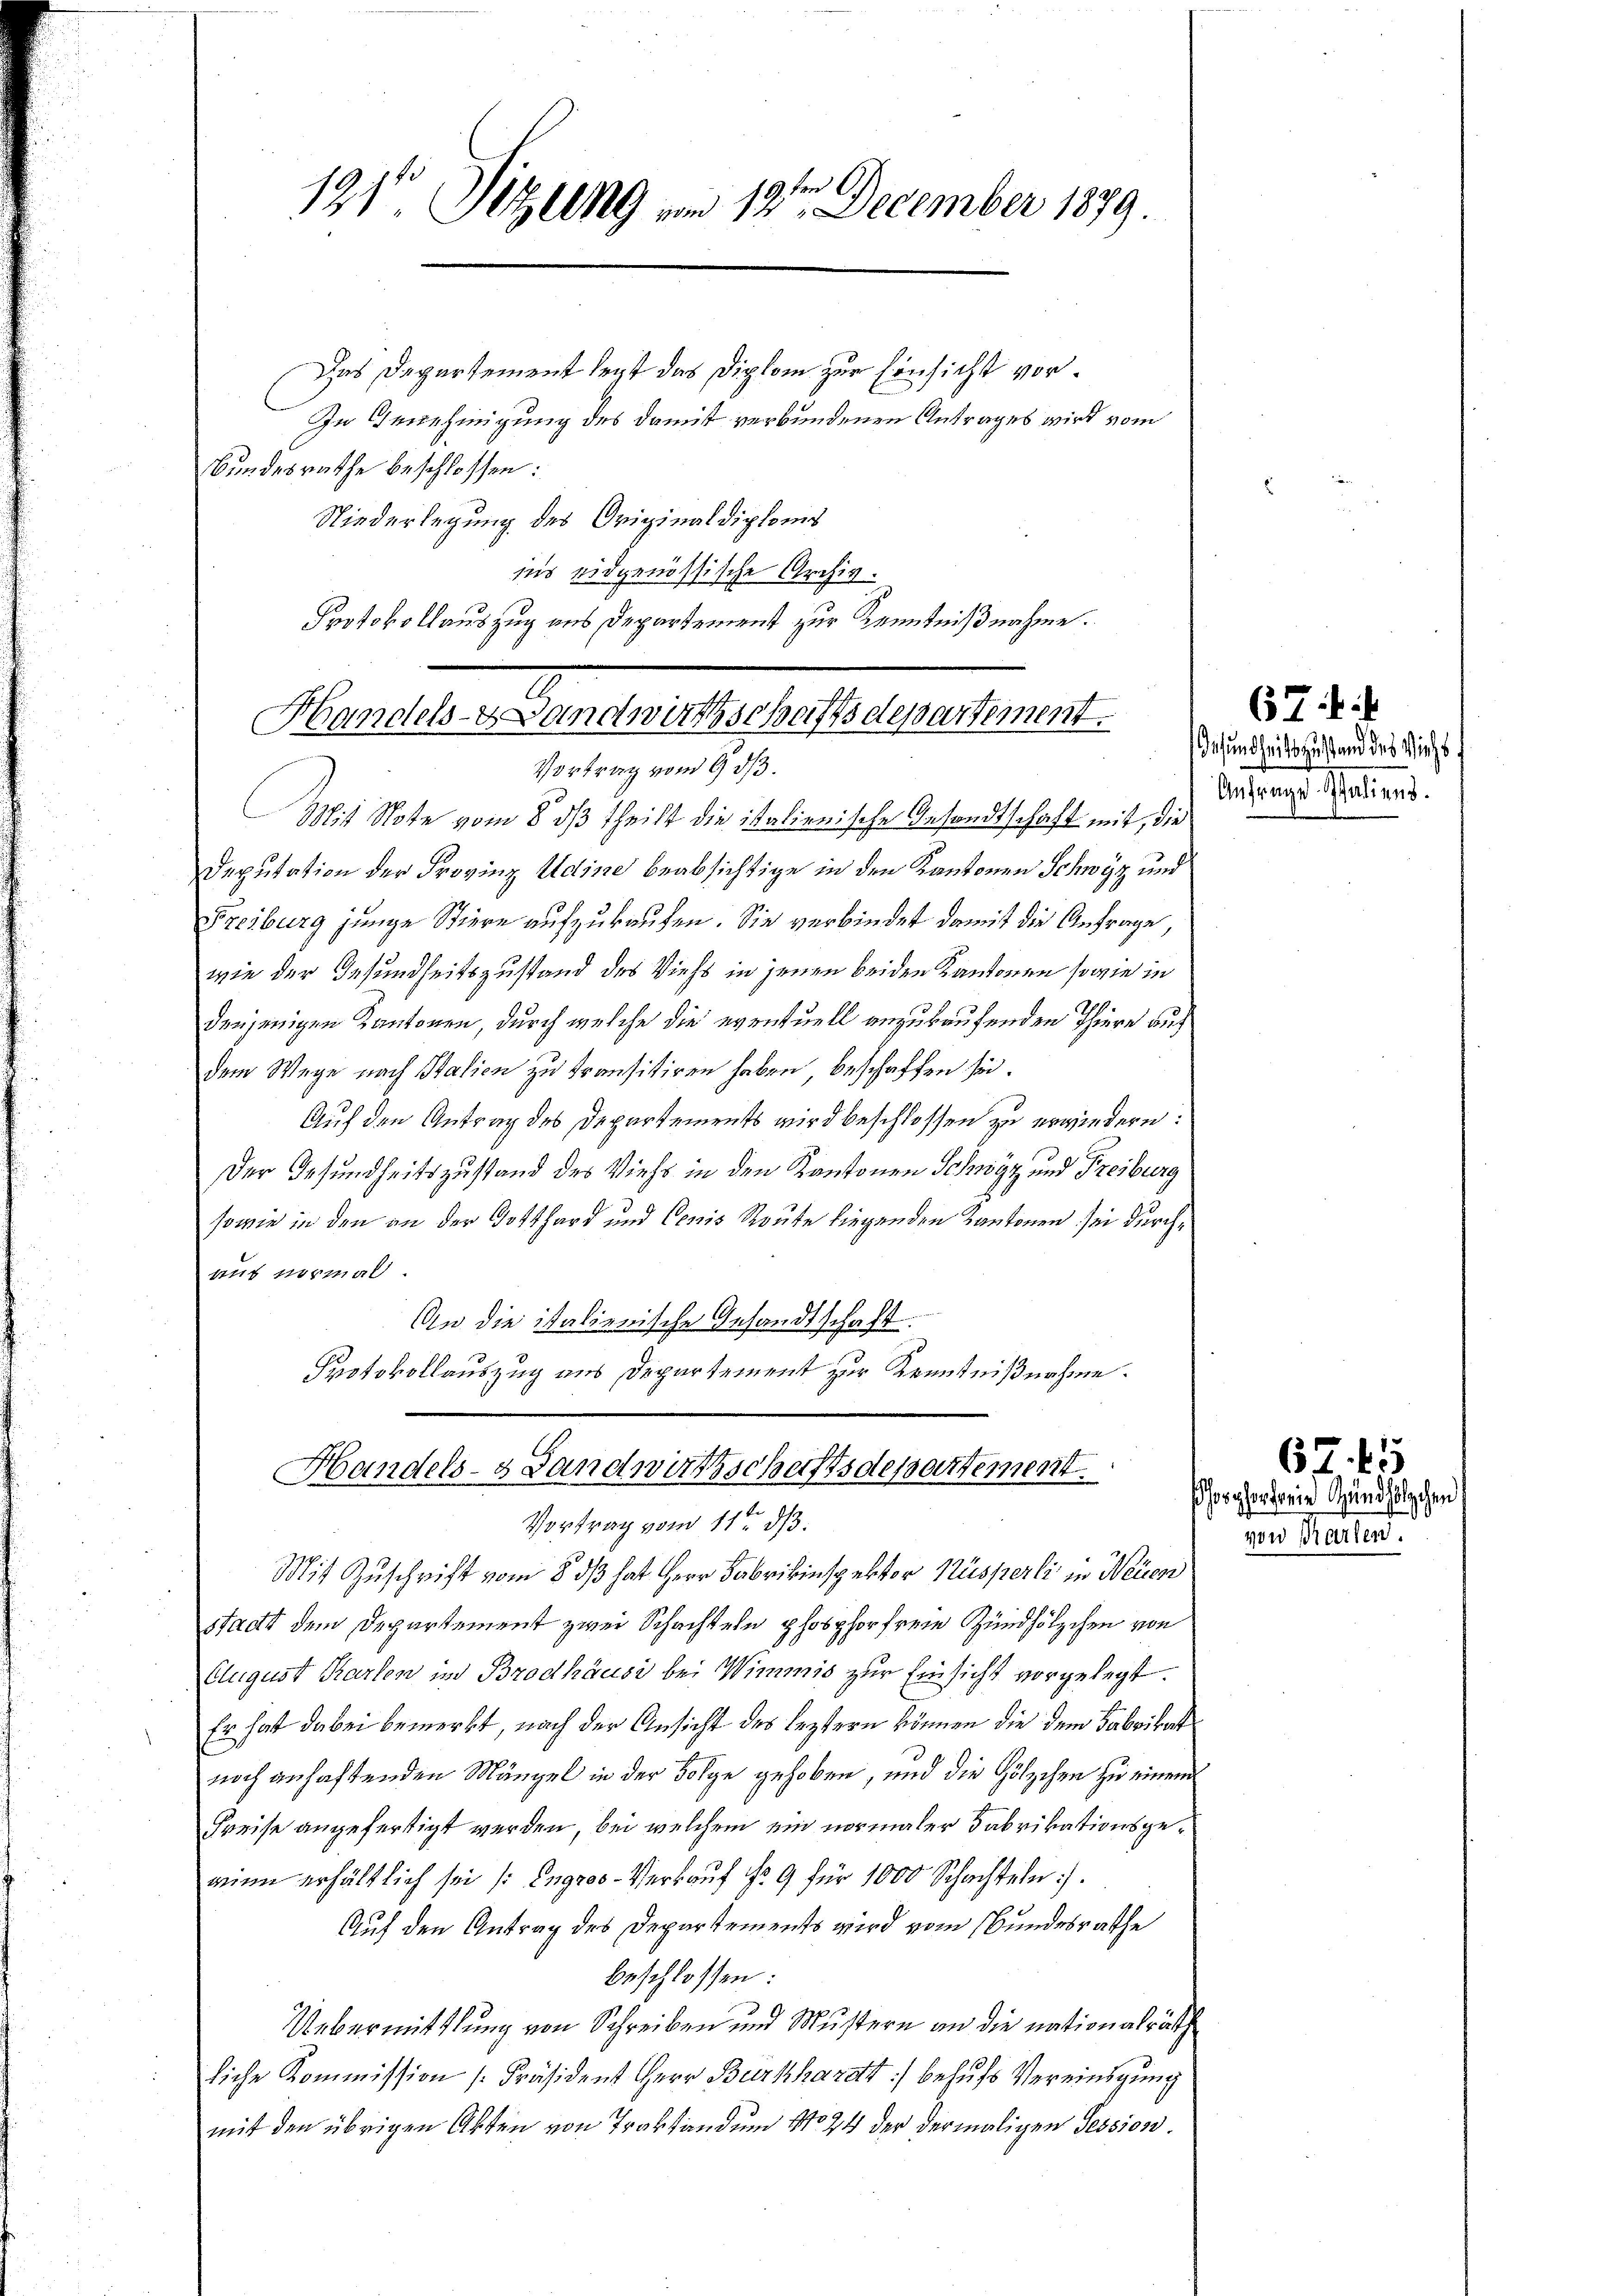
131 Sitzung am 12ten December 1879

Das Departement legt das Diplom zur Einsicht vor¬
In Genehmigung des damit verbundenen Antrages wird vom
Bundesrathe beschlossen:
Niederlegung des Originaldiploms
iis eidgenössische Archiv.
Protokollauszug aus Departement zur Kenntnißnahme.

Handels- & Landwirthschaftsdepartement.
Vortrag vom 9. ds.

Mit Note vom 8. dβ theilt die italienische Gesandtschaft mit, die
Deputation der Provinz Udine beabsichtige in den Kantonen Schwyz und
Freiburg junge Stiere aufzukaufen. Sie verbindet damit die Anfrage,
wie der Gesundheitszustand des Viehs in jenen beiden Kantonen sowie in
denjenigen Kantonen, durch welche die eventuell anzukaufenden Thiere auf
dem Wege nach Station zu transitiren haben beschaffen sei.
Auf den Antrag des Departements wird beschlossen zu erwiedern:
Der Gesundheitszustand des Viehs in den Kantonen Schwyz und Freiburg
sowie in den an der Gotthard und Conis Route liegenden Kantonen sei durchans vormal
An die italienische Gesandtschaft:
Protokollauszug aus Departement zur Kenntnißnahme.
Mit Zuschrift vom 8 dß hat Herr Fabrikinspektor Nüsserli in Neuen
stadt dem Departement zwei Schachteln phosphor frei Zündhölzchen von
Elugust Karten in Brodhäusi bei Wimmis zur Einsicht vorgelegt.
Er hat dabei bemerkt, nach der Ansicht des leztern können die dem Fabrikat
noch anhaftenden Mängel in der Folge gehoben, und die Hölzchen zu einem
Preise angefertigt werden, bei welchem ein normaler Fabrikationsgewinn erhältlich sei (Engros-Verkauf No 9 für 1000 Schachteln.
Auf den Antrag des Departements wird vom Bundesrathe
beschlossen:
Uebermittlung von Schreiben und Mustern an die nationalrätsch
liche Kommission [Präsident Herr Burkhardt behufs Vereinigung
mit den übrigen Akten von Traktandum No 24 der dermaligen Tession.

Handels- & Landwirthschaftsdepartement.
Vortrag vom 11ten d.

67
esundheitszustand des Viehs
Anfrage Italiens.

67. 45
horgangenie Grundhölzchen
woe Karten.